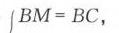
\(BM = BC\)，